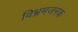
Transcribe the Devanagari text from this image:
विभ्रमजनक